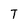
Character: T